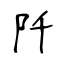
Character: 阡